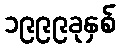
၁၉၉၉ခုနှစ်